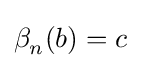
\beta _{n}^{}(b)=c